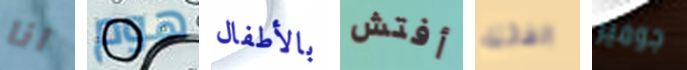
انا هوم بالأطفال أفتش الفائتة جوميز